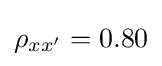
{\rho }_{xx'}=0.80